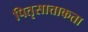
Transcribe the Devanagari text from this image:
पितृसात्ताकता